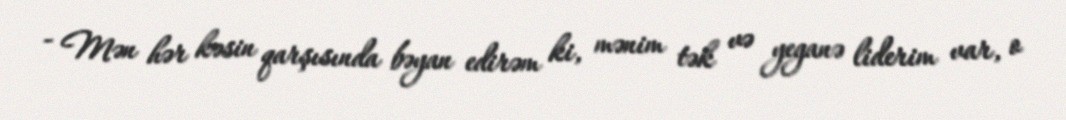
- Mən hər kəsin qarşısında bəyan edirəm ki, mənim tək və yeganə liderim var, o